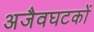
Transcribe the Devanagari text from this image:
अजैवघटकों